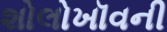
શોલોખૉવની